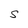
Character: S